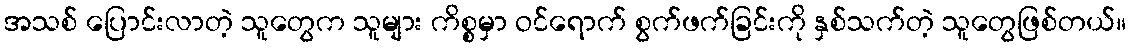
အသစ် ပြောင်းလာတဲ့ သူတွေက သူများ ကိစ္စမှာ ဝင်ရောက် စွက်ဖက်ခြင်းကို နှစ်သက်တဲ့ သူတွေဖြစ်တယ်။